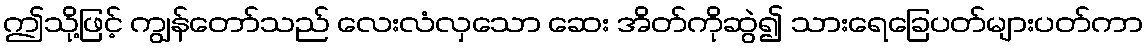
ဤသို့ဖြင့် ကျွန်တော်သည် လေးလံလှသော ဆေး အိတ်ကိုဆွဲ၍ သားရေခြေပတ်များပတ်ကာ